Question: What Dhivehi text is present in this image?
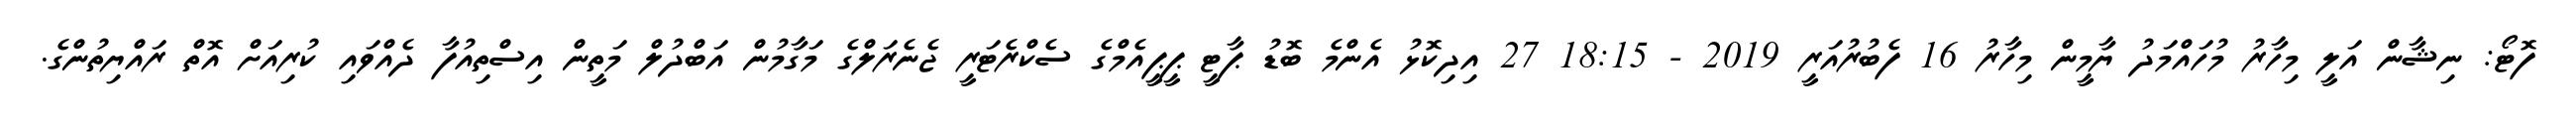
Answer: ފޮޓޯ: ނިޝާން އަލީ މިހާރު މުހައްމަދު ޔާމީން މިހާރު 16 ފެބުރުއަރީ 2019 - 18:15 27 އިދިކޮޅު އެންމެ ބޮޑު ޕާޓީ ޕީޕީއެމްގެ ސެކްރެޓަރީ ޖެނެރަލްގެ މަގާމުން އަބްދުލް މަތީން އިސްތިއުފާ ދެއްވައި ކުރިއަށް އޮތް ރައްޔިތުންގެ.